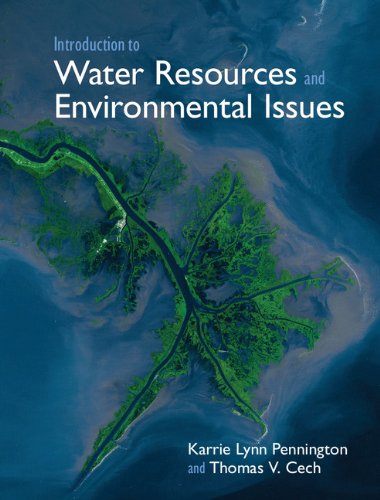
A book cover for Introduction to Water Resources and Environmental Issues; Karrie Lynn Pennington; Science & Math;